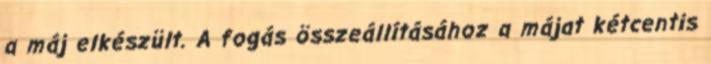
a máj elkészült. A fogás összeállításához a májat kétcentis